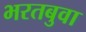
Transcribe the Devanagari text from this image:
भरतबुवा